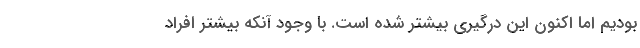
بودیم اما اکنون این درگیری بیشتر شده است. با وجود آنکه بیشتر افراد